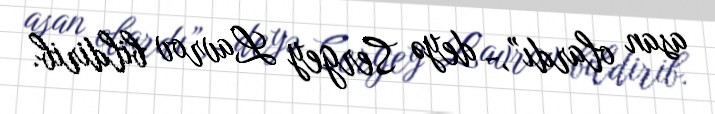
asan olardı”,- deyə Sergey Lavrov bildirib.